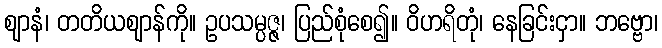
ဈာနံ၊ တတိယဈာန်ကို။ ဥပသမ္ပဇ္ဇ၊ ပြည်စုံစေ၍။ ဝိဟရိတုံ၊ နေခြင်းငှာ။ ဘဗ္ဗော၊